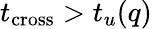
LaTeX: t_{\mathrm{cross}}>t_{u}(q)